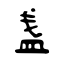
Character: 盏